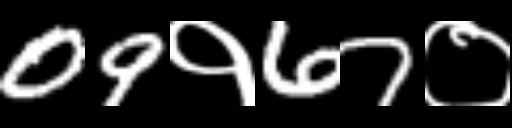
Text: 09१67०